Civil Veterinary Dept. Bombay admin report 1932-41 - 1932-1941
Year: 1932
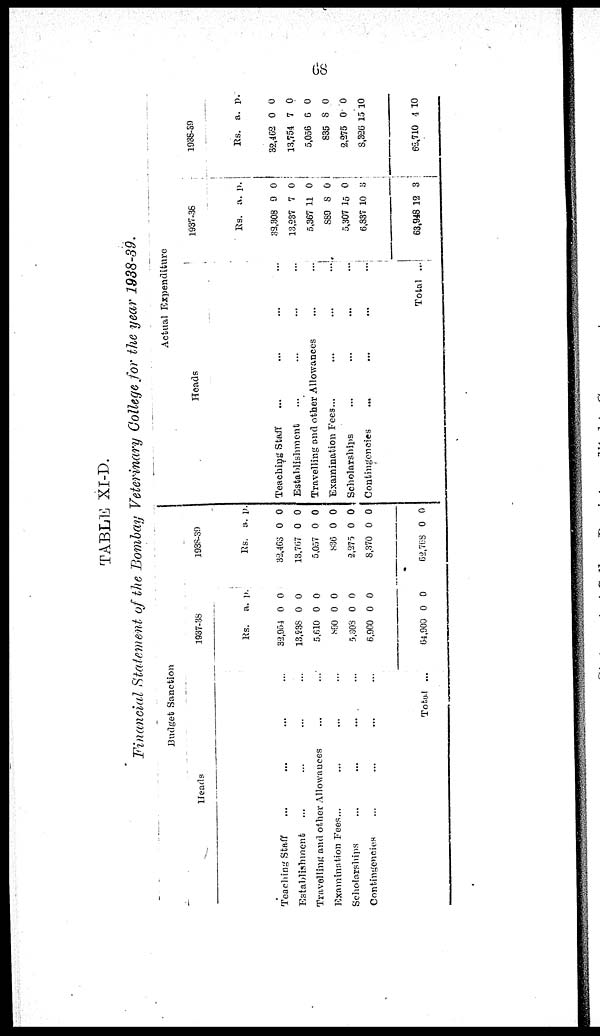
68
TABLE XI-D.
Financial Statement of the Bombay Veterinary College for the year 1938-39.
Budget Sanction
Hearts
Teaching Staff ... ... ... ...
Establishment ... ... ...
Travelling and other Allowances ... ... ...
Examination Fees... ... ... ...
Scholarships ... ... ... ...
Contingencies ... ... ... ...
Total ...
1937-38
Rs.
32,954
13,238
5,610
890
5,303
6,900
64,900
a.
0
0
0
0
0
0
0
p.
0
0
0
0
0
0
0
1938-39
Rs.
32,463
13,767
5,057
836
2,275
8,370
62,768
a.
0
0
0
0
0
0
0
p.
0
0
0
0
0
0
0
Actual Expenditure
Heads
Teaching Staff ... ... ... ...
Establishment ... ... ... ... ...
Travelling and other Allowances ... ...
Examination Fees...
...
...
...
Scholarships ... ... ... ...
Contingencies
...
...
...
...
Total ...
1937-36
Rs.
32,308
13,237
5,367
889
5,307
6,837
63,948
a.
9
7
11
8
15
10
12
p.
0
0
0
0
0
3
3
1938-39
Rs.
32,462
13,754
5,056
835
2,275
8,326
65,710
a.
0
7
6
8
0
15
4
p.
0
0
0
0
0
10
10